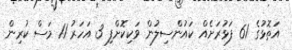
އަތޮޅުގެ 61 ފަޅުރަށެއް ކައުންސިލުން ވަކިކޮށްފި 3 އަހަރު 11 މަސް ކުރިން